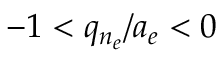
- 1 < q _ { n _ { e } } / a _ { e } < 0